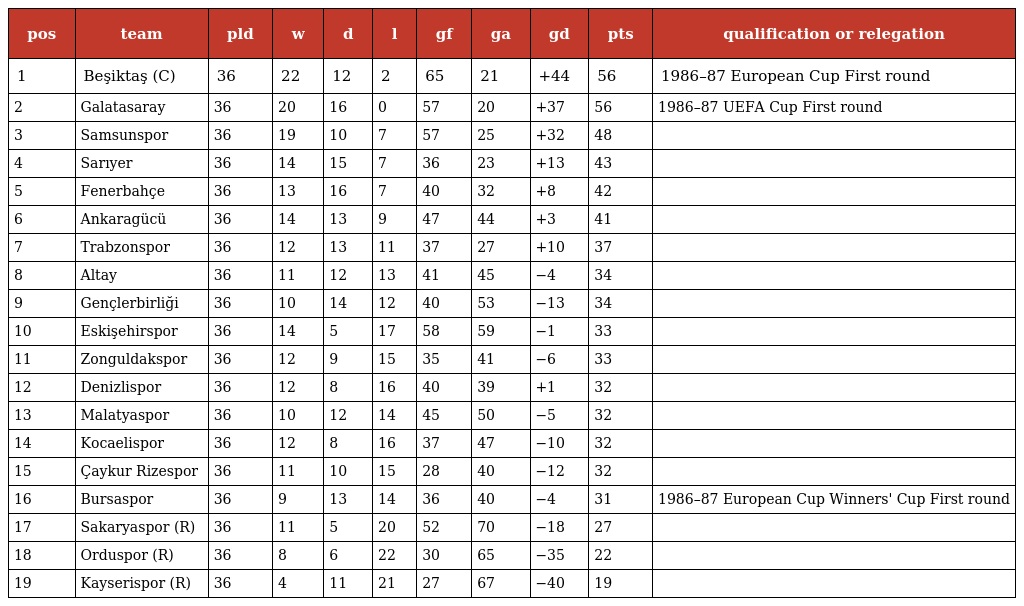
| pos | team | pld | w | d | l | gf | ga | gd | pts | qualification or relegation |
 | --- | --- | --- | --- | --- | --- | --- | --- | --- | --- | --- |
 | 1 | Beşiktaş (C) | 36 | 22 | 12 | 2 | 65 | 21 | +44 | 56 | 1986–87 European Cup First round |
 | 2 | Galatasaray | 36 | 20 | 16 | 0 | 57 | 20 | +37 | 56 | 1986–87 UEFA Cup First round |
 | 3 | Samsunspor | 36 | 19 | 10 | 7 | 57 | 25 | +32 | 48 |  |
 | 4 | Sarıyer | 36 | 14 | 15 | 7 | 36 | 23 | +13 | 43 |  |
 | 5 | Fenerbahçe | 36 | 13 | 16 | 7 | 40 | 32 | +8 | 42 |  |
 | 6 | Ankaragücü | 36 | 14 | 13 | 9 | 47 | 44 | +3 | 41 |  |
 | 7 | Trabzonspor | 36 | 12 | 13 | 11 | 37 | 27 | +10 | 37 |  |
 | 8 | Altay | 36 | 11 | 12 | 13 | 41 | 45 | −4 | 34 |  |
 | 9 | Gençlerbirliği | 36 | 10 | 14 | 12 | 40 | 53 | −13 | 34 |  |
 | 10 | Eskişehirspor | 36 | 14 | 5 | 17 | 58 | 59 | −1 | 33 |  |
 | 11 | Zonguldakspor | 36 | 12 | 9 | 15 | 35 | 41 | −6 | 33 |  |
 | 12 | Denizlispor | 36 | 12 | 8 | 16 | 40 | 39 | +1 | 32 |  |
 | 13 | Malatyaspor | 36 | 10 | 12 | 14 | 45 | 50 | −5 | 32 |  |
 | 14 | Kocaelispor | 36 | 12 | 8 | 16 | 37 | 47 | −10 | 32 |  |
 | 15 | Çaykur Rizespor | 36 | 11 | 10 | 15 | 28 | 40 | −12 | 32 |  |
 | 16 | Bursaspor | 36 | 9 | 13 | 14 | 36 | 40 | −4 | 31 | 1986–87 European Cup Winners' Cup First round |
 | 17 | Sakaryaspor (R) | 36 | 11 | 5 | 20 | 52 | 70 | −18 | 27 |  |
 | 18 | Orduspor (R) | 36 | 8 | 6 | 22 | 30 | 65 | −35 | 22 |  |
 | 19 | Kayserispor (R) | 36 | 4 | 11 | 21 | 27 | 67 | −40 | 19 |  |